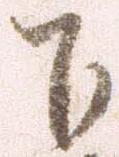
下